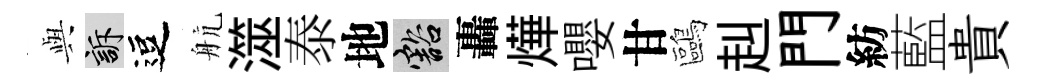
𫤰訴逗航澨泰地豁轟燁嚶甘鷗赳門紡藍貴